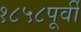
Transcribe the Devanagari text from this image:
१८५८पूर्वी